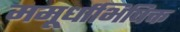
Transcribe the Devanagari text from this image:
ममूर्धाभिषिक्त